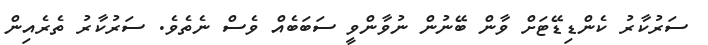
ސަރުކާރު ކެންޑިޑޭޓަށް ވާން ބޭނުން ނުވާންވީ ސަބަބެއް ވެސް ނެތެވެ. ސަރުކާރު ތެރެއިން